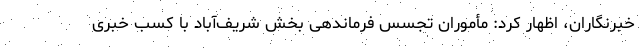
خبرنگاران، اظهار کرد: مأموران تجسس فرماندهی بخش شریف‌آباد با کسب خبری